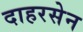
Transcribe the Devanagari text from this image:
दाहरसेन